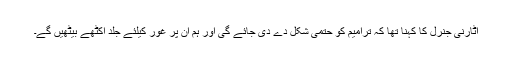
اٹارنی جنرل کا کہنا تھا کہ ترامیم کو حتمی شکل دے دی جائے گی اور ہم ان پر غور کیلئے جلد اکٹھے بیٹھیں گے۔